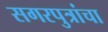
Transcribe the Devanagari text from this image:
सगरपुत्रांचा